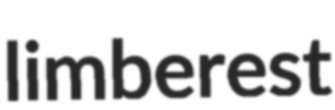
limberest